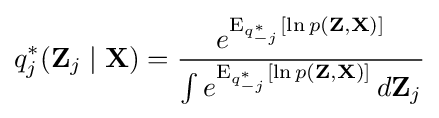
q_{j}^{*}(\mathbf {Z} _{j}\mid \mathbf {X} )={\frac {e^{\operatorname {E} _{q_{-j}^{*}}[\ln p(\mathbf {Z} ,\mathbf {X} )]}}{\int e^{\operatorname {E} _{q_{-j}^{*}}[\ln p(\mathbf {Z} ,\mathbf {X} )]}\,d\mathbf {Z} _{j}}}